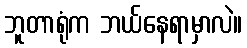
ဘူတာရုံက ဘယ်နေရာမှာလဲ။